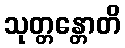
သုတ္တန္တောတိ